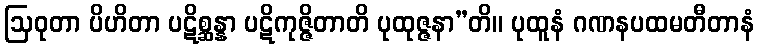
ဩဝုတာ ပိဟိတာ ပဋိစ္ဆန္နာ ပဋိကုဇ္ဇိတာတိ ပုထုဇ္ဇနာ”တိ။ ပုထူနံ ဂဏနပထမတီတာနံ